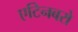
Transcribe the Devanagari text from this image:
एटिनबरो